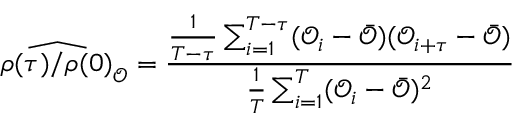
\widehat { \rho ( \tau ) / \rho ( 0 ) } _ { \mathcal { O } } = \frac { \frac { 1 } { T - \tau } \sum _ { i = 1 } ^ { T - \tau } ( \mathcal { O } _ { i } - \bar { \mathcal { O } } ) ( \mathcal { O } _ { i + \tau } - \bar { \mathcal { O } } ) } { \frac { 1 } { T } \sum _ { i = 1 } ^ { T } ( \mathcal { O } _ { i } - \bar { \mathcal { O } } ) ^ { 2 } }